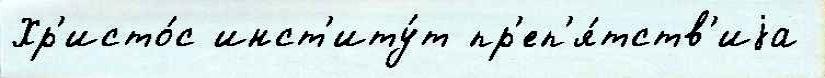
Хр'исто́с инст'иту́т пр'еп'я́тств'иjа